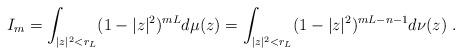
LaTeX: \begin{align*} I_m=\int_{|z|^2<r_L} (1-|z|^2)^{mL} d\mu(z)=\int_{|z|^2<r_L} (1-|z|^2)^{mL-n-1} d\nu(z)\ .\end{align*}